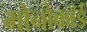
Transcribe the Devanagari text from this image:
मोनोकॉर्ड